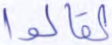
لقالوا